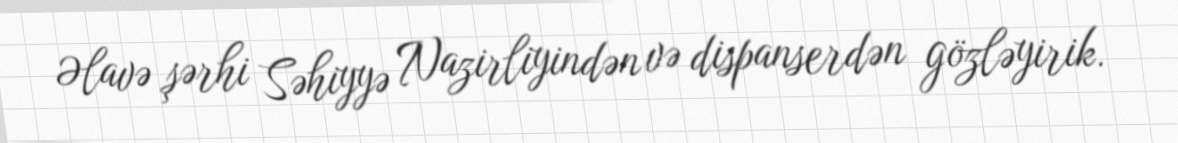
Əlavə şərhi Səhiyyə Nazirliyindən və dispanserdən gözləyirik.